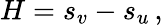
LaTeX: H=s_{v}-s_{u}\, ,